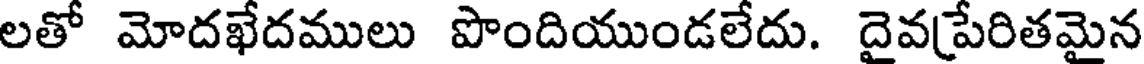
లతో మోదఖేదములు పొందియుండలేదు. దైవపేరితమైన